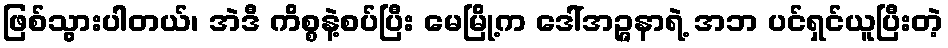
ဖြစ်သွားပါတယ်၊ အဲဒီ ကိစ္စနဲ့စပ်ပြီး မေမြို့က ဒေါ်အဉ္ဇနာရဲ့ အဘ ပင်ရှင်ယူပြီးတဲ့